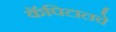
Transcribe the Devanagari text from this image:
कॅपिटालचे